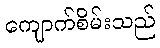
ကျောက်စိမ်းသည်